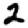
Digit: 2